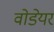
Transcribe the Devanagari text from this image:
वोडेयर